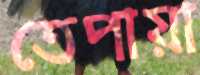
তেপায়া